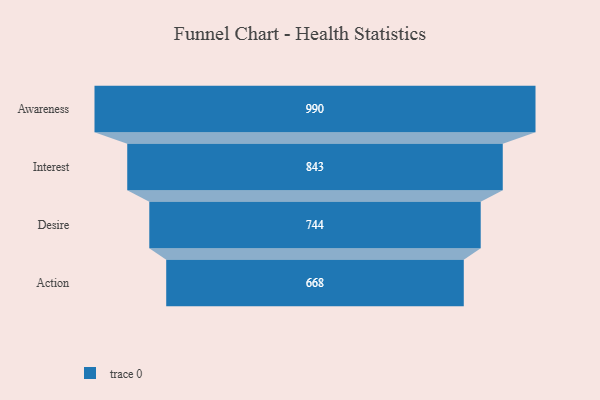
{"axis": {"x": "Stage", "y": "Value"}, "legend": [""], "data": [{"x": "Awareness", "y": 990.0, "type": ""}, {"x": "Interest", "y": 843.0, "type": ""}, {"x": "Desire", "y": 744.0, "type": ""}, {"x": "Action", "y": 668.0, "type": ""}]}